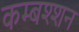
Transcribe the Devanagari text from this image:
कम्बश्शन